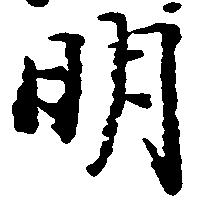
明